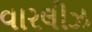
વારલીઝ